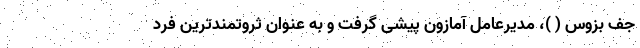
جف بزوس ( )، مدیرعامل آمازون پیشی گرفت و به عنوان ثروتمند‌ترین فرد